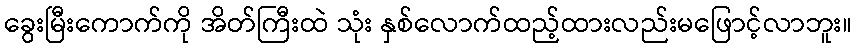
ခွေးမြီးကောက်ကို အိတ်ကြီးထဲ သုံး နှစ်လောက်ထည့်ထားလည်းမဖြောင့်လာဘူး။